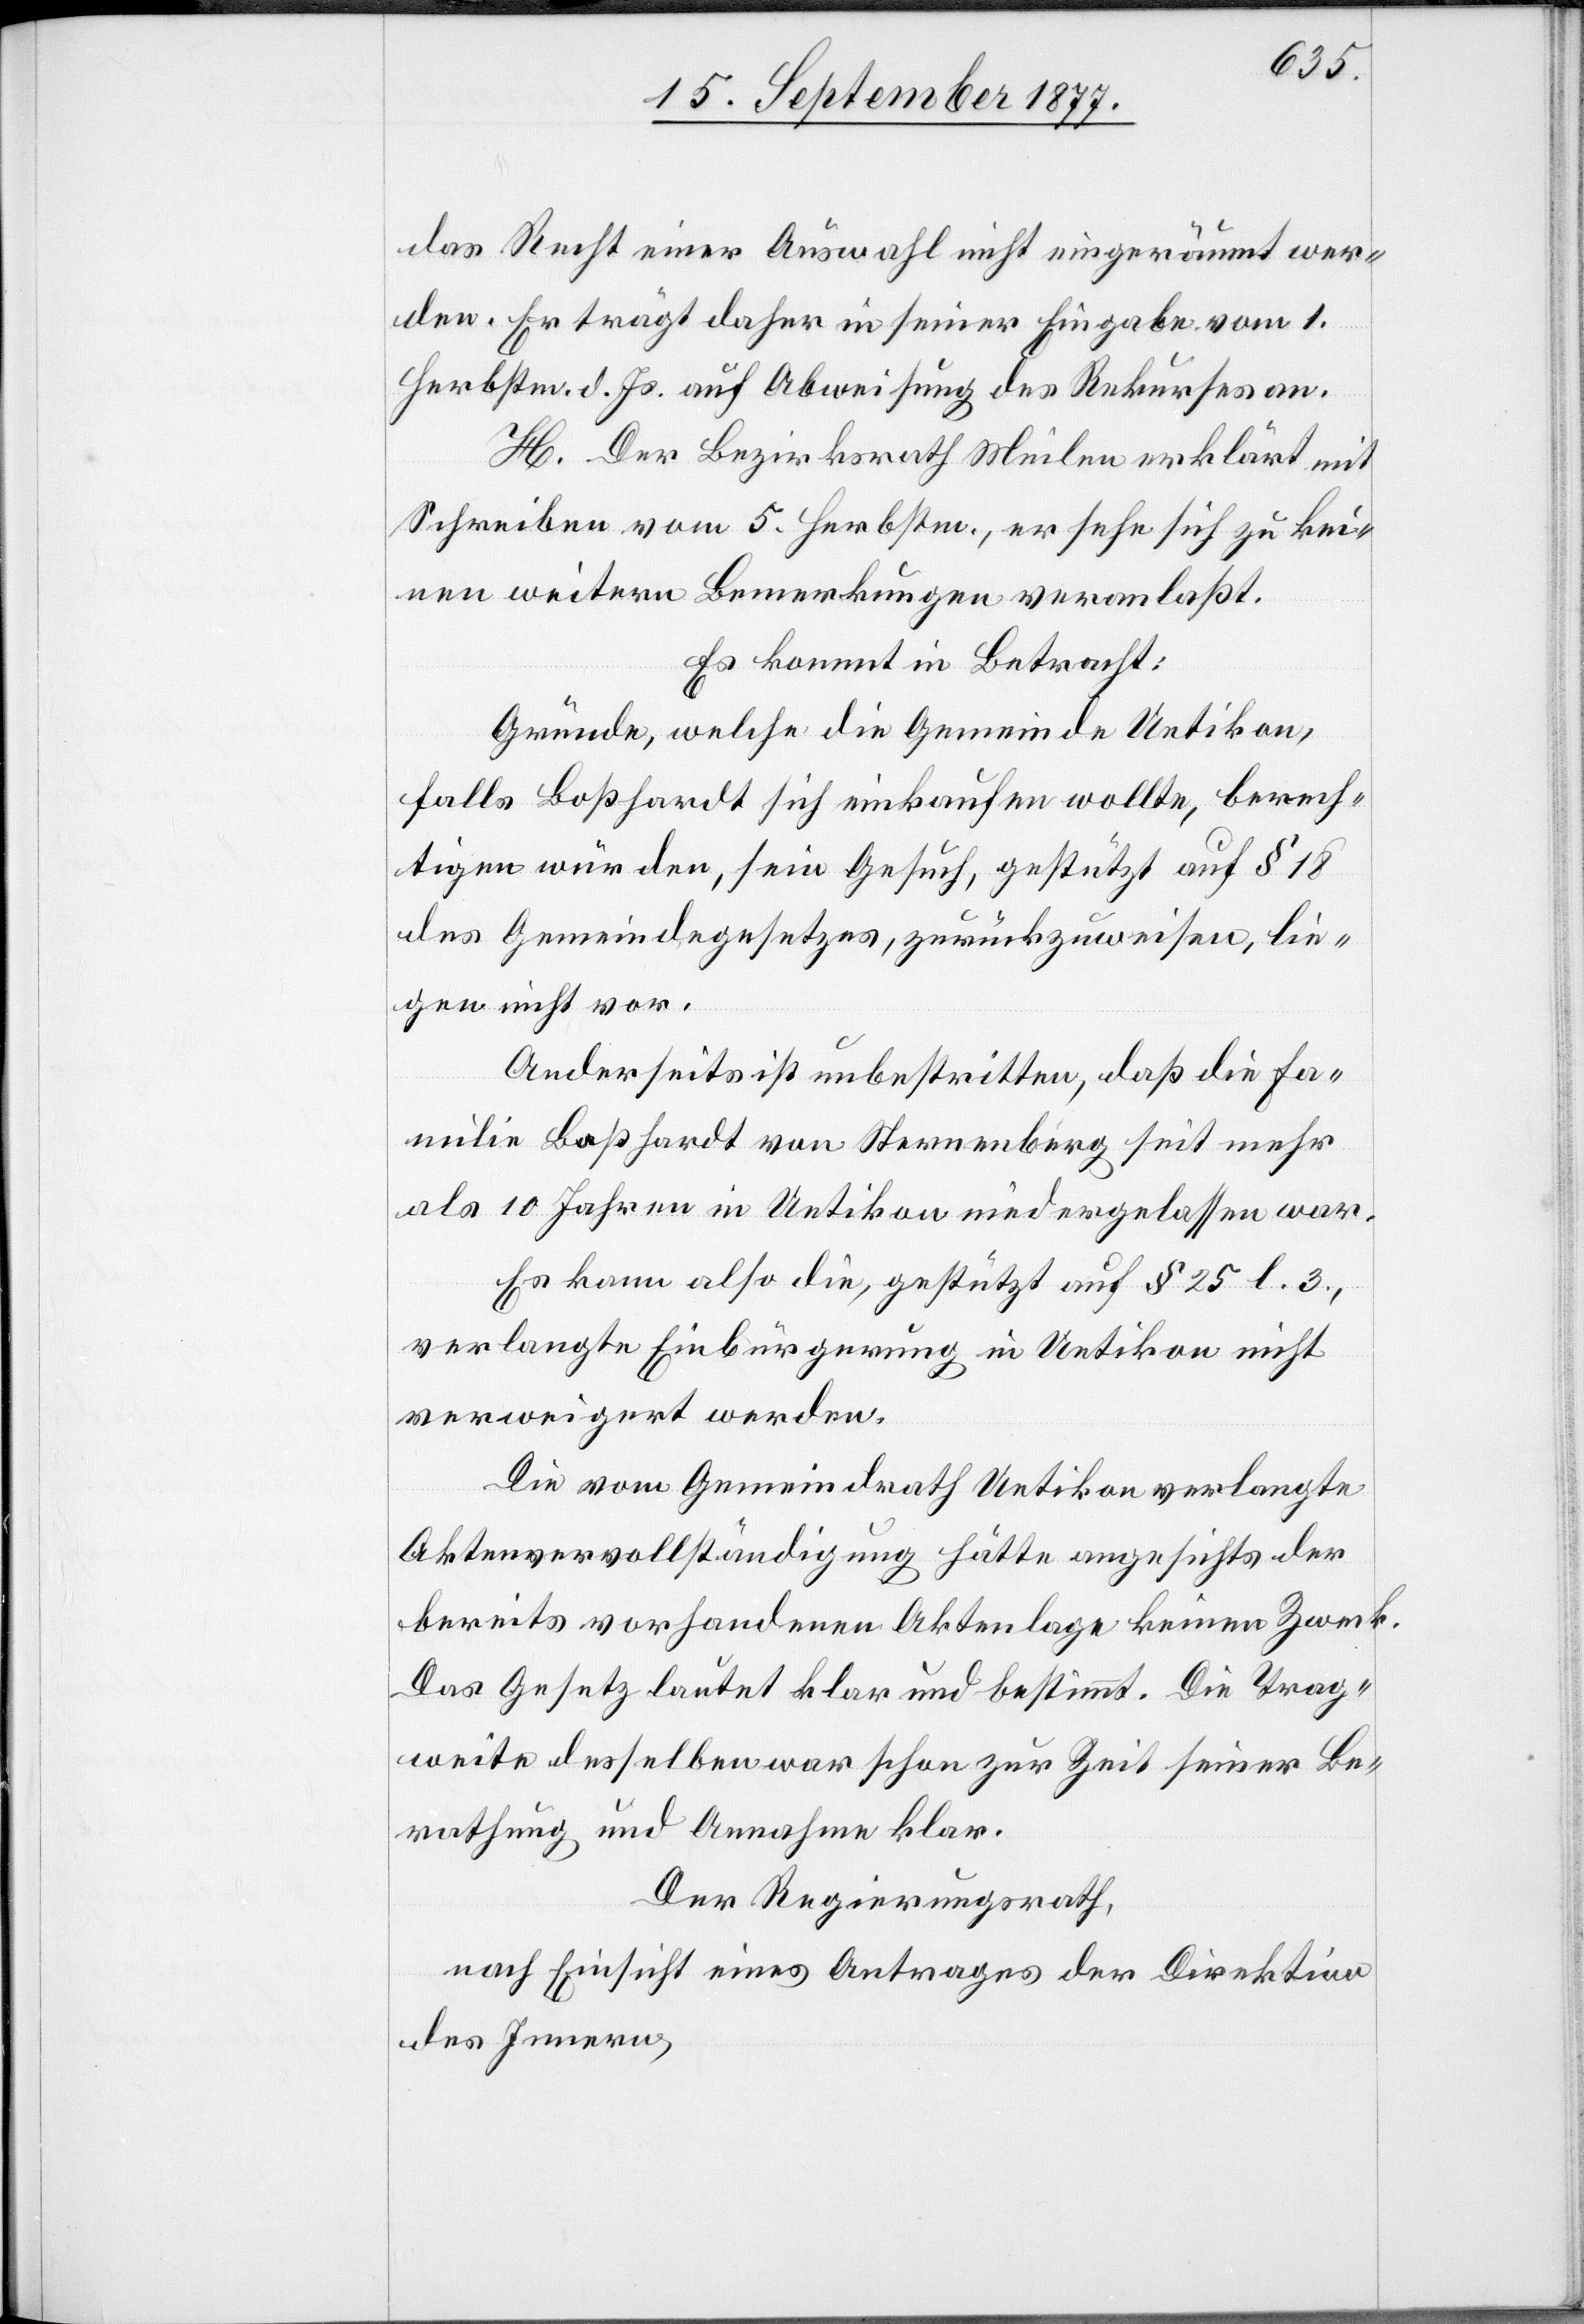
das Recht einer Auswahl nicht eingeräumt wer¬
den. Er trägt daher in seiner Eingabe vom 1.
Herbstm. d. Js. auf Abweisung des Rekurses an.
H. Der Bezirksrath Meilen erklärt mit
Schreiben vom 5. Herbstm., er sehe sich zu kei¬
nen weitern Bemerkungen veranlaßt.
Es kommt in Betracht:
Gründe, welche die Gemeinde Uetikon,
falls Boßhardt sich einkaufen wollte, berech¬
tigen würden, sein Gesuch, gestützt auf § 18
des Gemeindegesetzes, zurückzuweisen, lie¬
gen nicht vor.
Anderseits ist unbestritten, daß die Fa¬
milie Boßhardt von Sternenberg seit mehr
als 10 Jahren in Uetikon niedergelassen war.
Es kann also die, gestützt auf § 25 l. 3.,
verlangte Einbürgerung in Uetikon nicht
verweigert werden.
Die vom Gemeindrath Uetikon verlangte
Aktenvervollständigung hätte angesichts der
bereits vorhandenen Aktenlage keinen Zweck.
Das Gesetz lautet klar und bestimmt. Die Trag¬
weite desselben war schon zur Zeit seiner Be¬
rathung und Annahme klar.
Der Regierungsrath,
nach Einsicht eines Antrages der Direktion
des Innern,